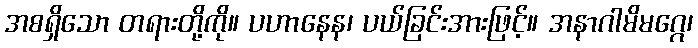
အစရှိသော တရားတို့ကို။ ပဟာနေန၊ ပယ်ခြင်းအားဖြင့်။ အနာဂါမိမဂ္ဂေ၊